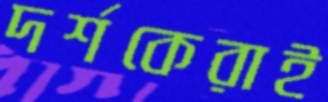
দর্শকেরাই